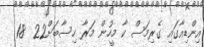
އިންޑިއާގައި ގެރިމަސް ކާ މީހުން މަރާ ހިސާބަށް22  18